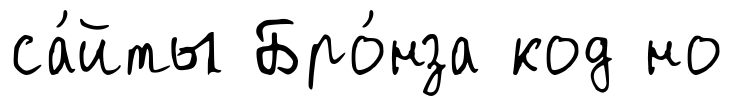
са́йты Бро́нза код но